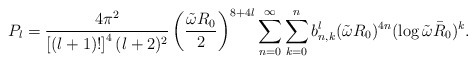
\begin{align*}P_l = {{4 \pi^2 } \over { \left [ (l+1)! \right ]^4 (l+2)^2 } } \left ( {{\tilde \omega R_0} \over 2 } \right )^{8+4l} \sum_{n=0}^\infty \sum_{k=0}^n b_{n,k}^l (\tilde \omega R_0)^{4n} (\log \tilde \omega \bar R_0 )^k.\end{align*}